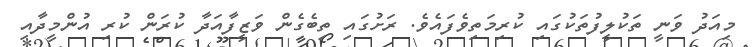
މިއަދު ވަނީ ތަކުލީފުތަކުގައި ކުރިމަތިވެފައެވެ. ރަށުގައި ތިބެގެން ވަޒީފާއަދާ ކުރަން ކުރި އުންމީދާއި